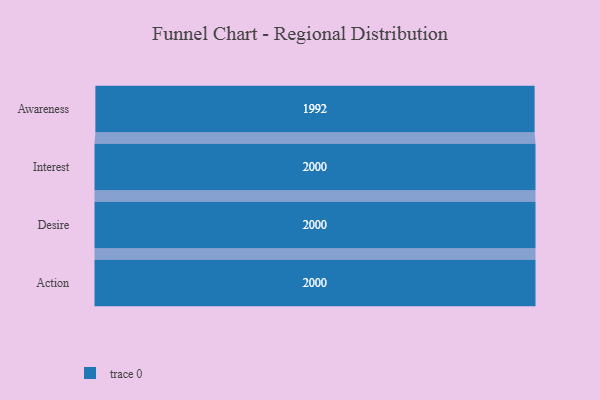
{"axis": {"x": "Stage", "y": "Value"}, "legend": [""], "data": [{"x": "Awareness", "y": 1992.0, "type": ""}, {"x": "Interest", "y": 2000, "type": ""}, {"x": "Desire", "y": 2000, "type": ""}, {"x": "Action", "y": 2000, "type": ""}]}